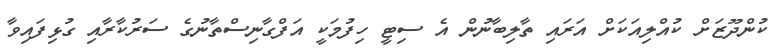
ކުންދޫޒަށް ކުއްލިއަކަށް އަރައި ތާލިބާނުން އެ ސިޓީ ހިފުމަކީ އަފްގާނިސްތާނުގެ ސަރުކާރާއި ގުޅިފައިވާ